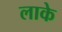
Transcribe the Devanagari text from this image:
लाके